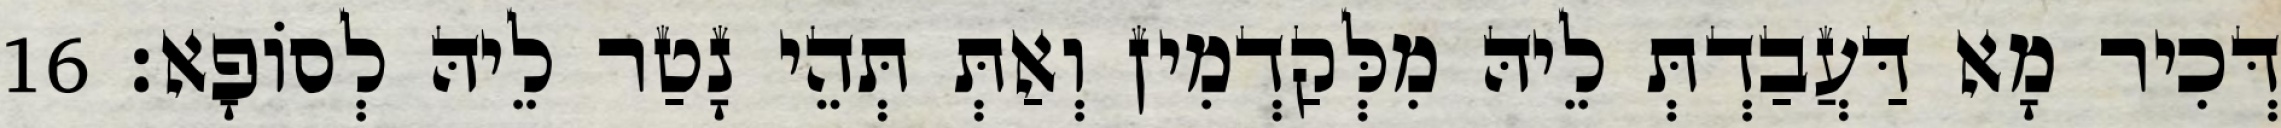
דְּכִיר מָא דַּעֲבַדְתְּ לֵיהּ מִלְּקַדְמִין וְאַתְּ תְּהֵי נָטַר לֵיהּ לְסוֹפָא׃ 16